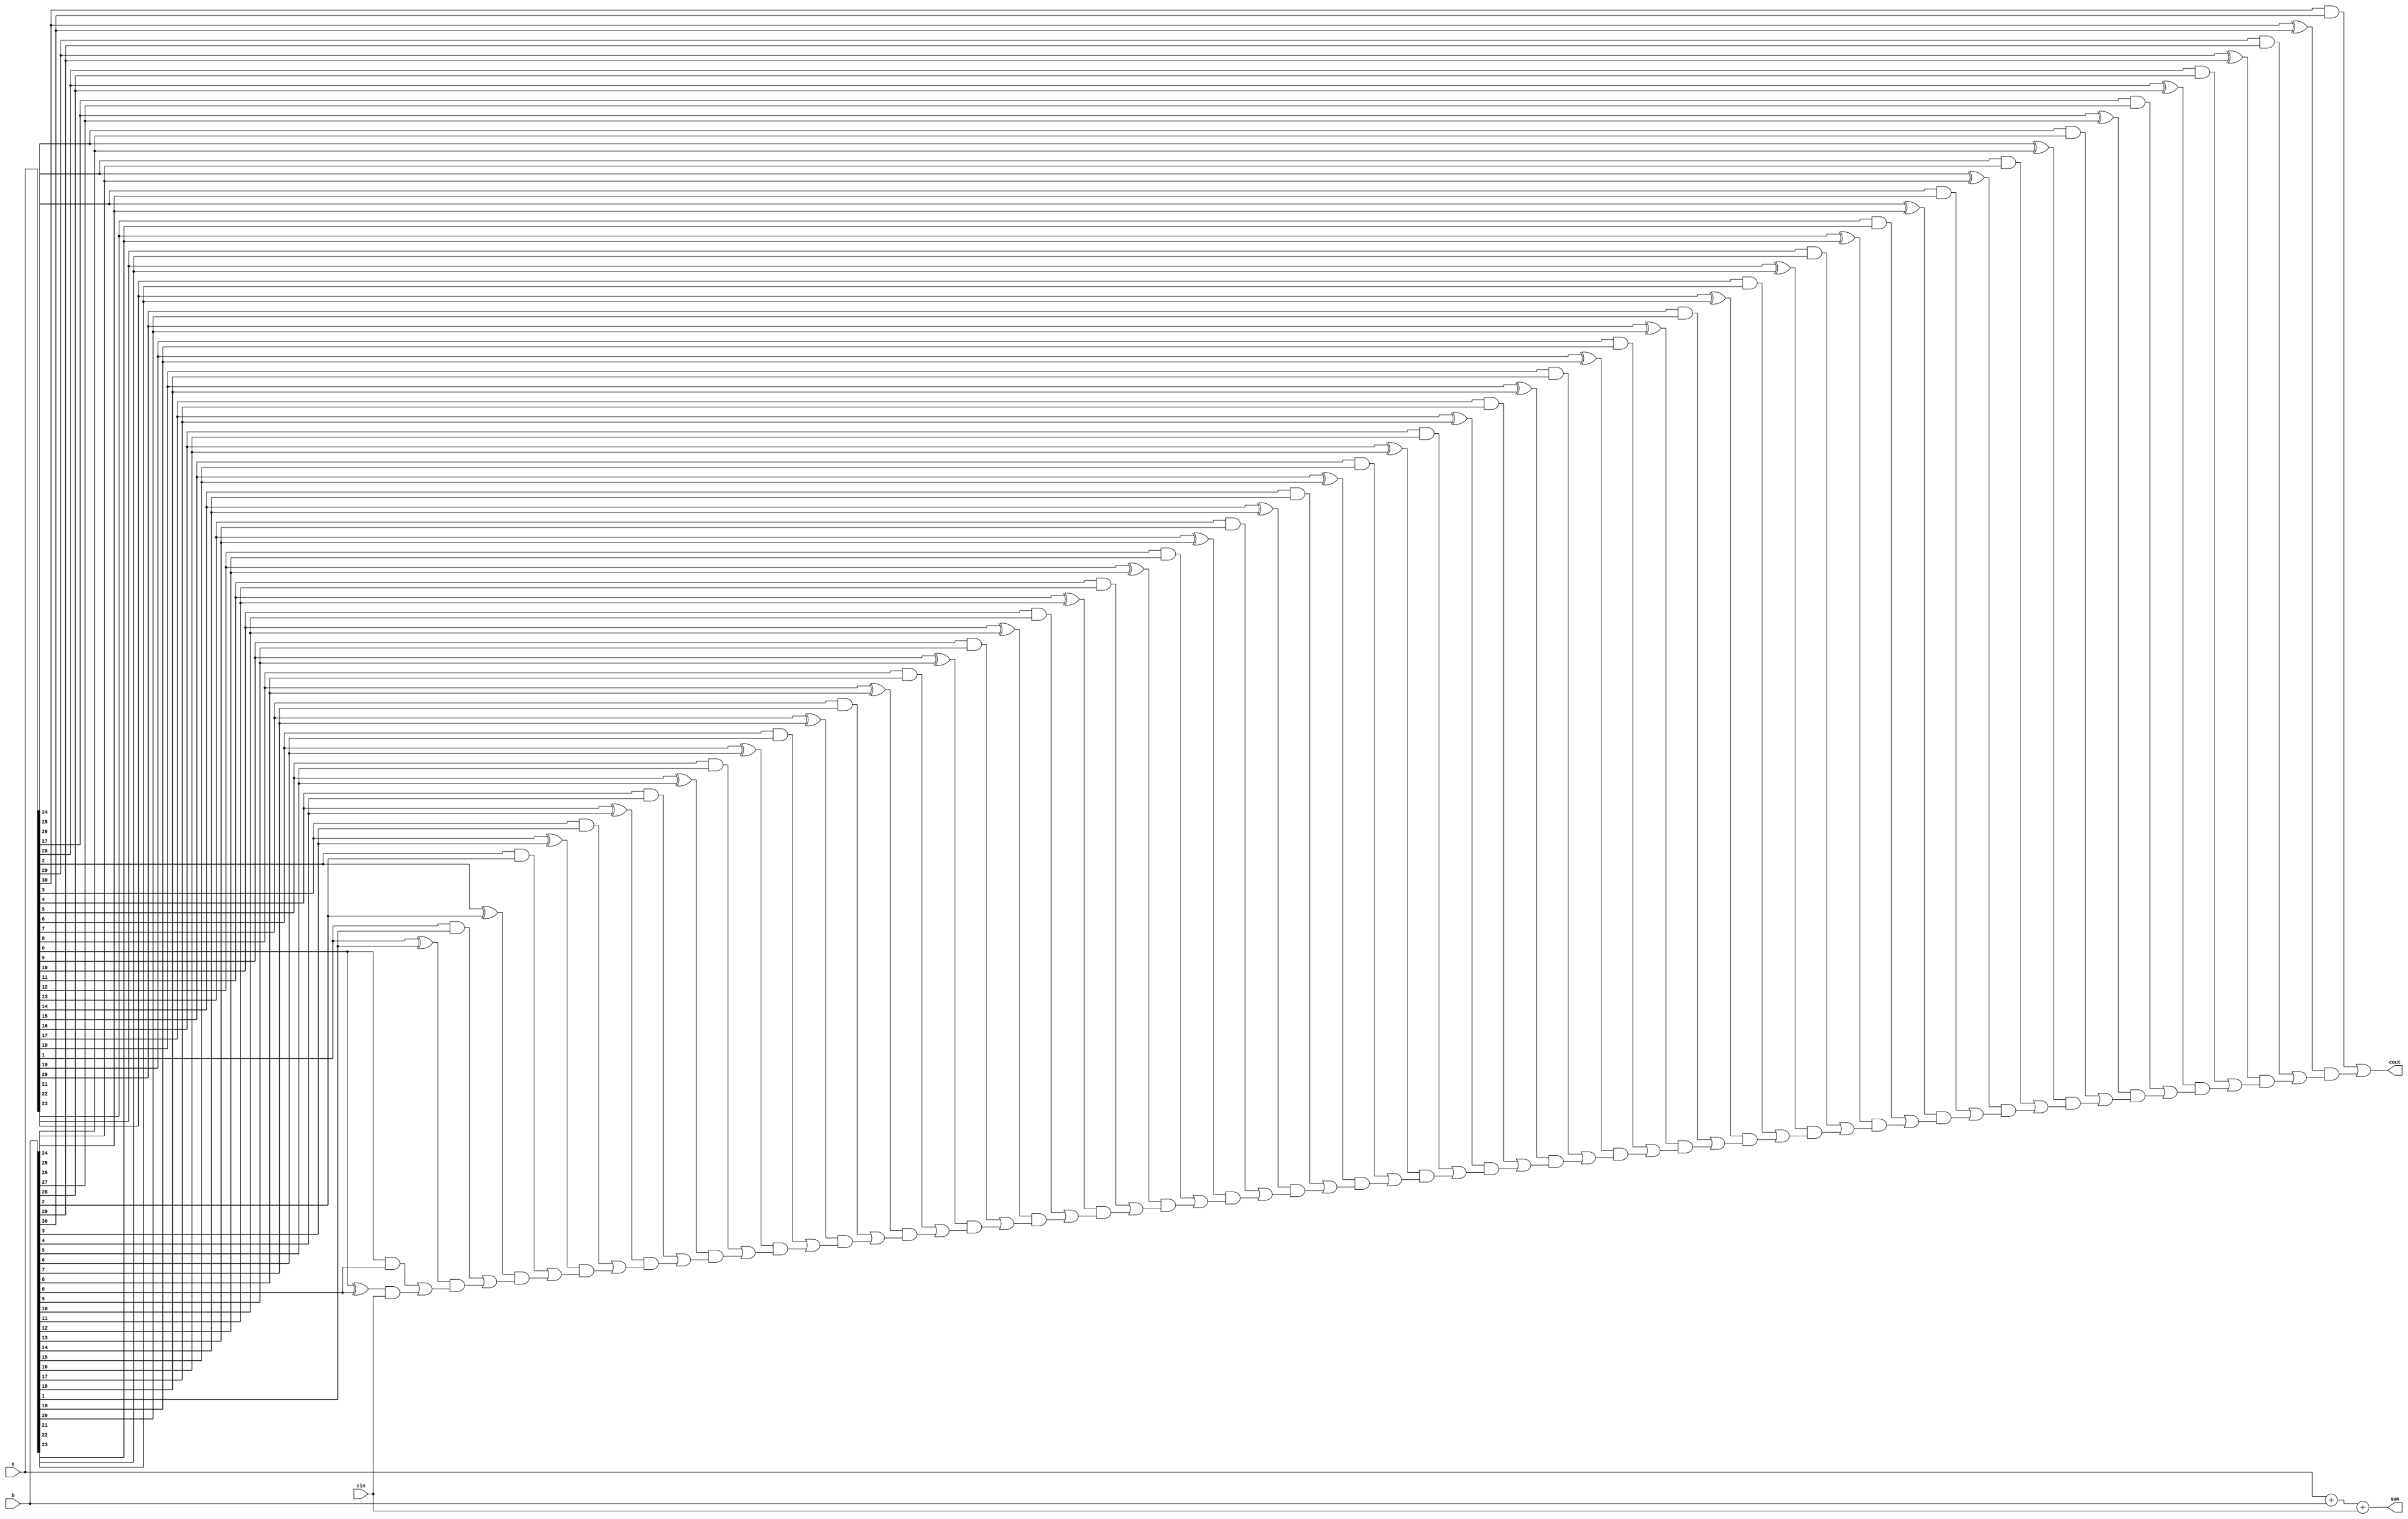
module carry_bypass_adder (
  input [31:0] a,
  input [31:0] b,
  input cin,
  output [31:0] sum,
  output cout
);

  wire [31:0] c, p, g;
  
  assign c[0] = cin;

  genvar i;
  generate
    for (i = 0; i < 31; i = i + 1) begin : carry_calc
      assign p[i] = a[i] ^ b[i];
      assign g[i] = a[i] & b[i];
      assign c[i+1] = g[i] | (p[i] & c[i]);
    end
  endgenerate

  assign sum = a + b + cin;
  assign cout = c[31];

endmodule